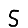
Digit: 5